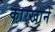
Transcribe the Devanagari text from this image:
कारखा़ने